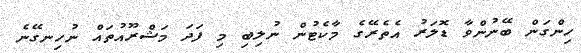
ހިންގަން ބޭނުންވާ ޑޮލަރު އެތެރޭގެ މާކެޓުން ނުލިބި މި ފަދަ މަޝްރޫއުތައް ނުހިނގޭނެ